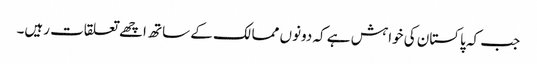
جب کہ پاکستان کی خواہش ہے کہ دونوں ممالک کے ساتھ اچھے تعلقات رہیں۔